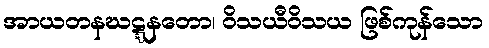
အာယတနဃဋ္ဋနတော၊ ဝိသယီဝိသယ ဖြစ်ကုန်သော